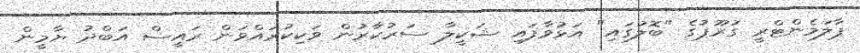
ޕާލަމެންޓްރީ ގުރޫޕުގެ "ބޮލުގައި" އަޅުވާފައި ޝަކީލާ ސަރުކާރުން ވަކިކުރައްވަން ރައީސް އަބްދު ޔާމީން